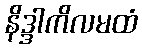
နိဒ္ဒါကိလမထံ